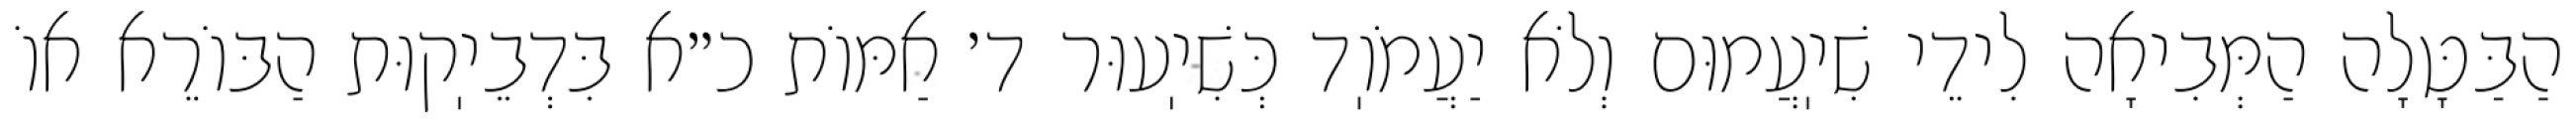
הַבַּטָּלָה הַמְּבִיאָה לִידֵי שִׁיֽעֲמוּם וְלֹא יַעֲמֹוֽד כְּשִׁיֽעוּר ד׳ אַמּוֹת כ״א בִּדְבֵיֽקוּת הַבּוֹרֵא אוֹ